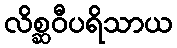
လိစ္ဆဝီပရိသာယ